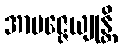
အာပဇ္ဇေယျုန္တိ